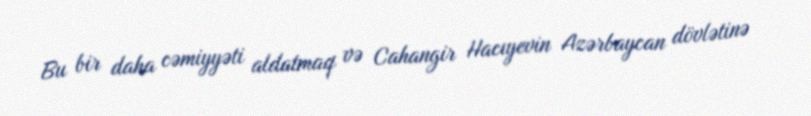
Bu bir daha cəmiyyəti aldatmaq və Cahangir Hacıyevin Azərbaycan dövlətinə